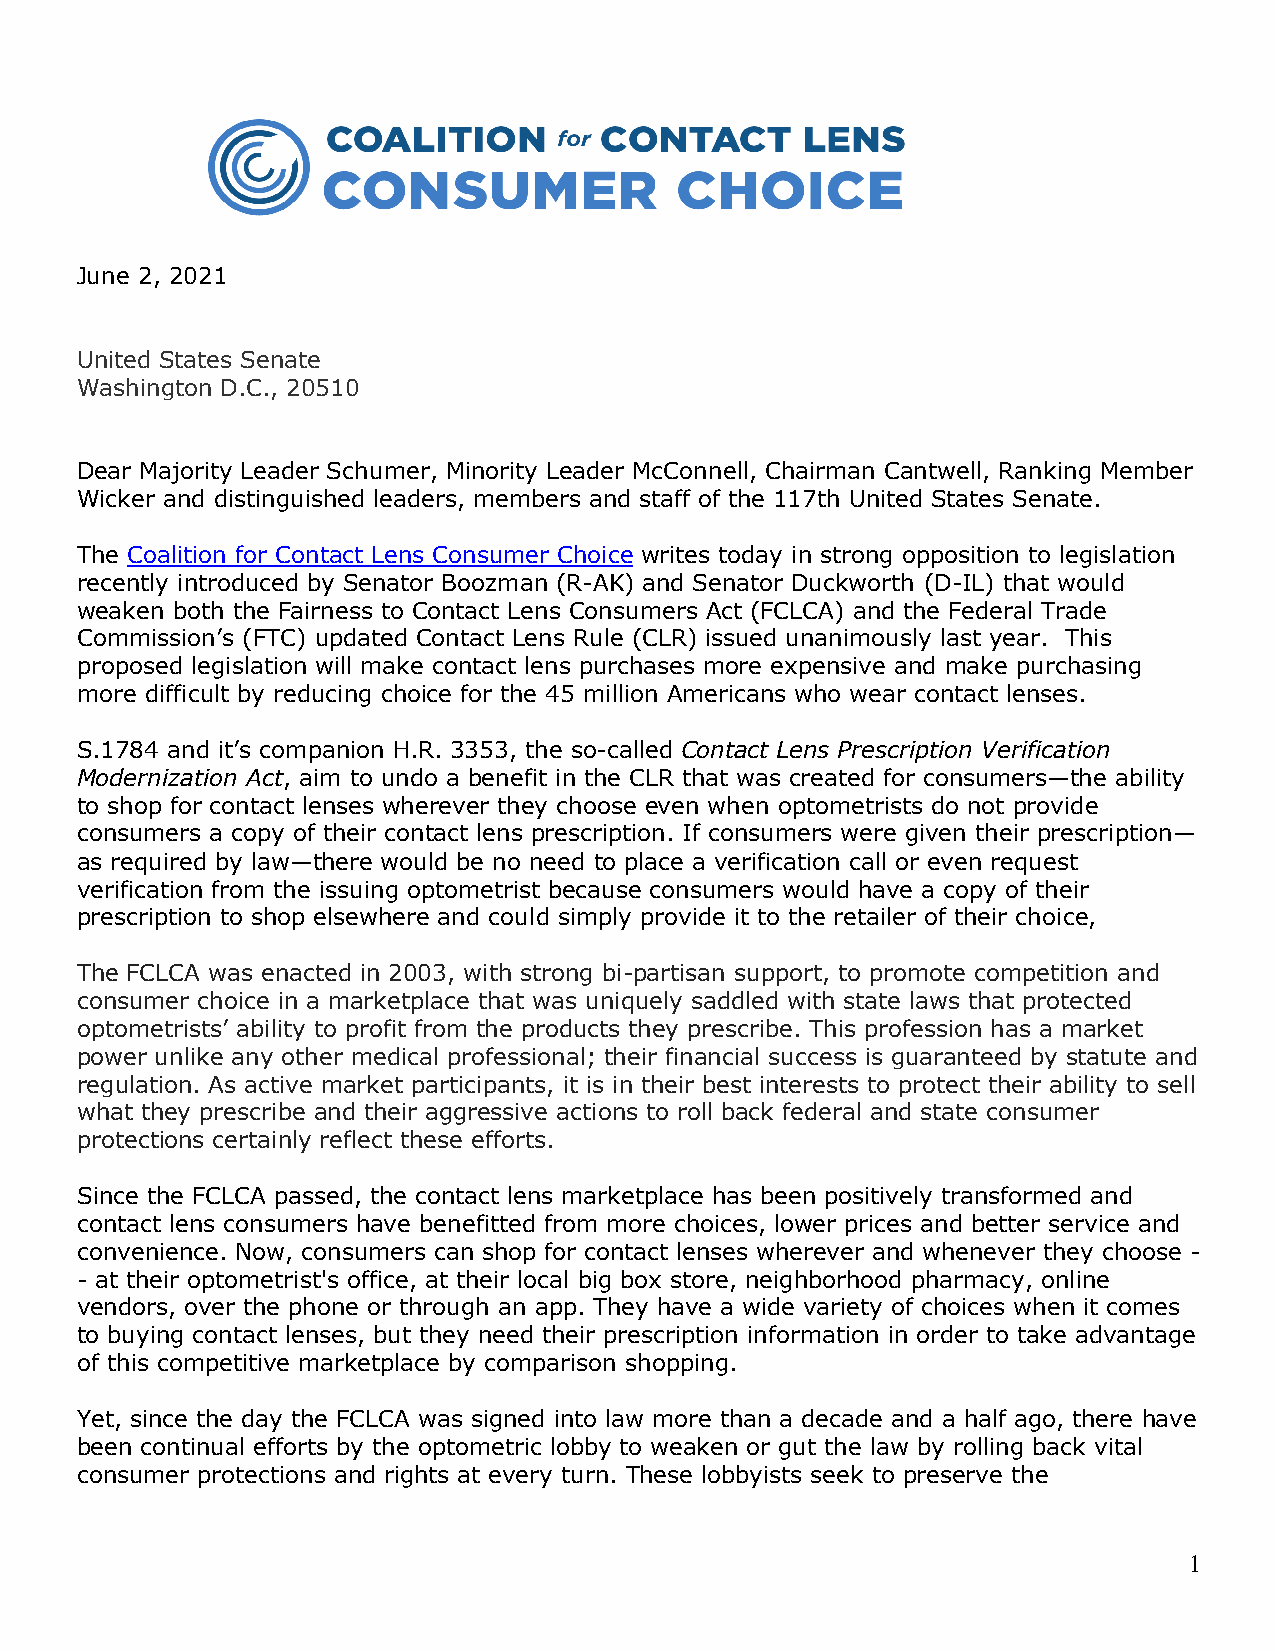
June 2, 2021
 United States Senate
 Washington D.C., 20510
 Dear Majority Leader Schumer, Minority Leader McConnell, Chairman Cantwell, Ranking Member
 Wicker and distinguished leaders, members and staff of the 117th United States Senate.
 The Coalition for Contact Lens Consumer Choice writes today in strong opposition to legislation
 recently introduced by Senator Boozman (R-AK) and Senator Duckworth (D-IL) that would
 weaken both the Fairness to Contact Lens Consumers Act (FCLCA) and the Federal Trade
 Commission’s (FTC) updated Contact Lens Rule (CLR) issued unanimously last year. This
 proposed legislation will make contact lens purchases more expensive and make purchasing
 more difficult by reducing choice for the 45 million Americans who wear contact lenses.
 S.1784 and it’s companion H.R. 3353, the so-called Contact Lens Prescription Verification
 Modernization Act, aim to undo a benefit in the CLR that was created for consumers—the ability
 to shop for contact lenses wherever they choose even when optometrists do not provide
 consumers a copy of their contact lens prescription. If consumers were given their prescription—
 as required by law—there would be no need to place a verification call or even request
 verification from the issuing optometrist because consumers would have a copy of their
 prescription to shop elsewhere and could simply provide it to the retailer of their choice,
 The FCLCA was enacted in 2003, with strong bi-partisan support, to promote competition and
 consumer choice in a marketplace that was uniquely saddled with state laws that protected
 optometrists’ ability to profit from the products they prescribe. This profession has a market
 power unlike any other medical professional; their financial success is guaranteed by statute and
 regulation. As active market participants, it is in their best interests to protect their ability to sell
 what they prescribe and their aggressive actions to roll back federal and state consumer
 protections certainly reflect these efforts.
 Since the FCLCA passed, the contact lens marketplace has been positively transformed and
 contact lens consumers have benefitted from more choices, lower prices and better service and
 convenience. Now, consumers can shop for contact lenses wherever and whenever they choose -
 - at their optometrist's office, at their local big box store, neighborhood pharmacy, online
 vendors, over the phone or through an app. They have a wide variety of choices when it comes
 to buying contact lenses, but they need their prescription information in order to take advantage
 of this competitive marketplace by comparison shopping.
 Yet, since the day the FCLCA was signed into law more than a decade and a half ago, there have
 been continual efforts by the optometric lobby to weaken or gut the law by rolling back vital
 consumer protections and rights at every turn. These lobbyists seek to preserve the
 1